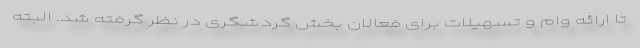
تا ارائه وام و تسهیلات برای فعالان بخش گردشگری در نظر گرفته شد. البته